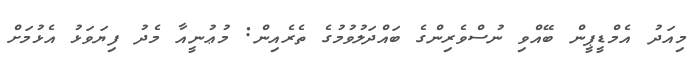
މިއަދު އެމްޑީޕީން ބޭއްވި ނުސްވެރިންގެ ބައްދަލުވުމުގެ ތެރެއިން: މުޢުނީއާ މެދު ފިޔަވަޅު އެޅުމަށް